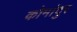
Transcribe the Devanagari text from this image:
कोमांदुर